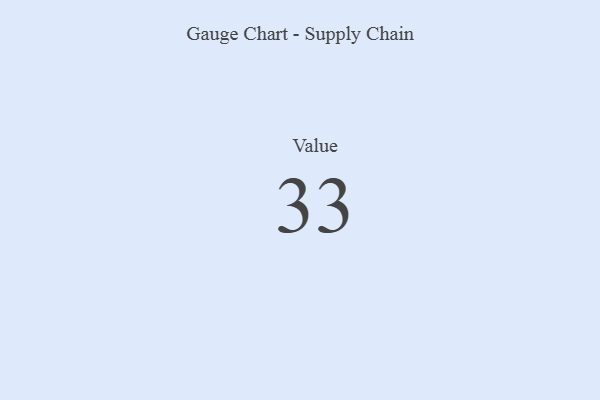
{"axis": {"x": "Metric", "y": "Value"}, "legend": [""], "data": [{"x": "Value", "y": 33, "type": ""}]}